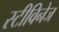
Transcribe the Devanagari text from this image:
स्टीविनेज